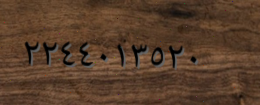
٢٢٤٤٠١٣٥٢٠